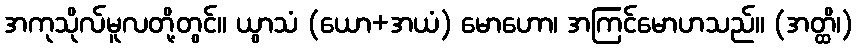
အကုသိုလ်မူလတို့တွင်။ ယွာသံ (ယော+အယံ) မောဟော၊ အကြင်မောဟသည်။ (အတ္ထိ၊)